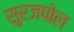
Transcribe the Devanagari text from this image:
सुरजपोल